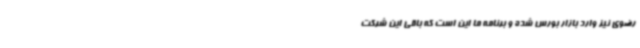
رضوی نیز وارد بازار بورس شده و برنامه ما این است که باقی این شرکت